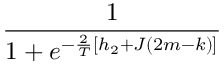
\frac { 1 } { 1 + e ^ { - \frac { 2 } { T } [ h _ { 2 } + J ( 2 m - k ) ] } }